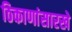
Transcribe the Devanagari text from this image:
ठिकाणांसारखे